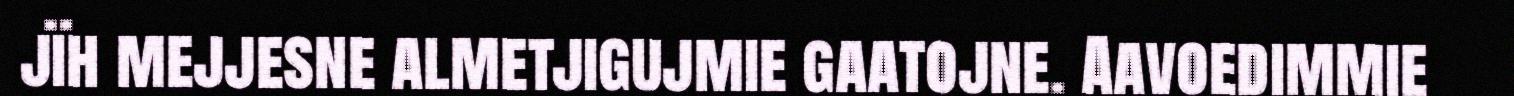
jïh mejjesne almetjigujmie gaatojne. Aavoedimmie